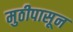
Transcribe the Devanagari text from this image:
मुठीपासून